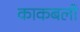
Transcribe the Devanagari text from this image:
काकबली